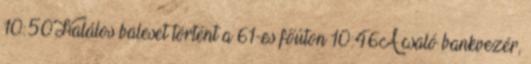
10:50Halálos baleset történt a 61-es főúton 10:46A csaló bankvezér,